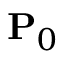
{ \bf P } _ { 0 }